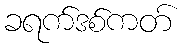
ခရက်ဒစ်ကတ်